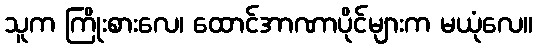
သူက ကြိုးစားလေ၊ ထောင်အာဏာပိုင်များက မယုံလေ။